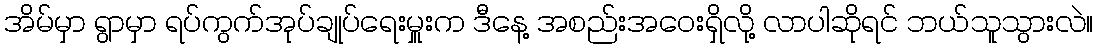
အိမ်မှာ ရွာမှာ ရပ်ကွက်အုပ်ချုပ်ရေးမှူးက ဒီနေ့ အစည်းအဝေးရှိလို့ လာပါဆိုရင် ဘယ်သူသွားလဲ။